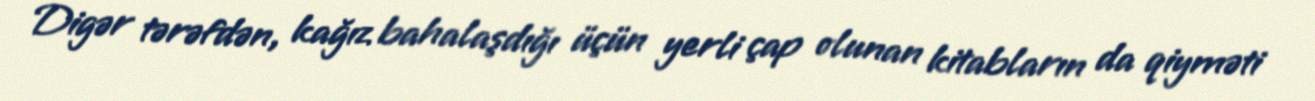
Digər tərəfdən, kağız bahalaşdığı üçün yerli çap olunan kitabların da qiyməti